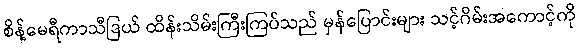
စိန့်မေရီကာသီဒြယ် ထိန်းသိမ်းကြီးကြပ်သည် မှန်ပြောင်းများ သင့်ဂိမ်းအကောင့်ကို